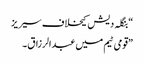
“بنگلہ دیش کیخلاف سیریز
”قومی ٹیم میں عبدالرزاق ۔